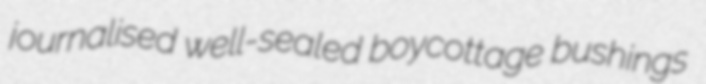
journalised well-sealed boycottage bushings